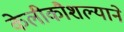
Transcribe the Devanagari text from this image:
केलीकौशल्याने